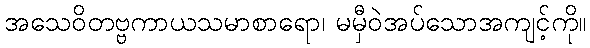
အသေဝိတဗ္ဗကာယသမာစာရော၊ မမှီဝဲအပ်သောအကျင့်ကို။